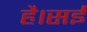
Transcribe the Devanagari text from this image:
है।सई